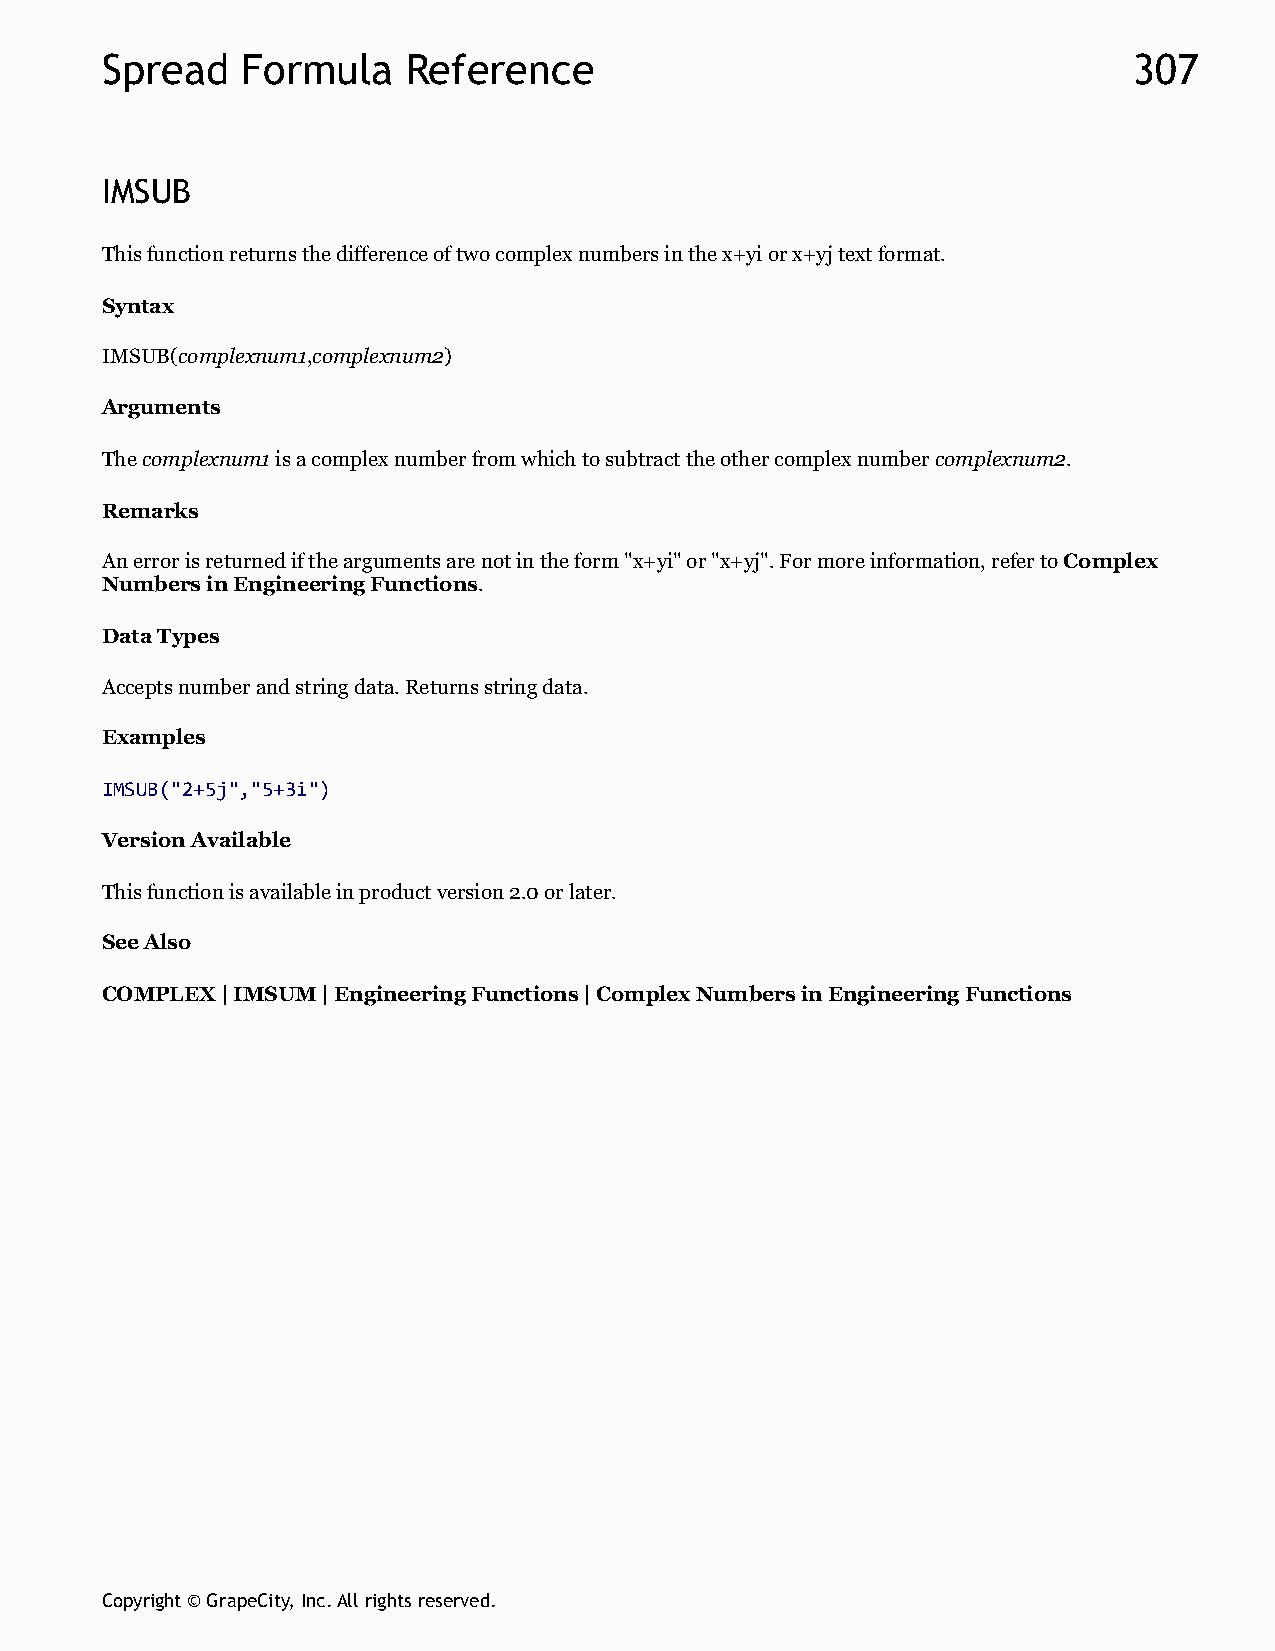
Spread   Formula    Reference                                       307
 IMSUB
 This function returns the difference of two complex numbers in the x+yi or x+yj text format.
 Syntax
 IMSUB(complexnum1,complexnum2)
 Arguments
 The complexnum1 is a complex number from which to subtract the other complex number complexnum2.
 Remarks
 An error is returned if the arguments are not in the form "x+yi" or "x+yj". For more information, refer to Complex
 Numbers in Engineering Functions.
 Data Types
 Accepts number and string data. Returns string data.
 Examples
 IMSUB("2+5j","5+3i")
 Version Available
 This function is available in product version 2.0 or later.
 See Also
 COMPLEX | IMSUM | Engineering Functions | Complex Numbers in Engineering Functions
 Copyright © GrapeCity, Inc. All rights reserved.